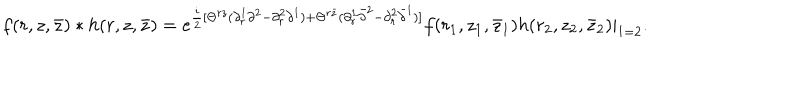
f ( r , z , { \bar { z } } ) * h ( r , z , { \bar { z } } ) = e ^ { { \frac { i } { 2 } } [ \Theta ^ { r z } ( \partial _ { r } ^ { 1 } \partial ^ { 2 } - \partial _ { r } ^ { 2 } \partial ^ { 1 } ) + \Theta ^ { r { \bar { z } } } ( \partial _ { r } ^ { 1 } { \bar { \partial } } ^ { 2 } - \partial _ { r } ^ { 2 } { \bar { \partial } } ^ { 1 } ) ] } f ( r _ { 1 } , z _ { 1 } , { \bar { z } } _ { 1 } ) h ( r _ { 2 } , z _ { 2 } , { \bar { z } } _ { 2 } ) | _ { 1 = 2 } .